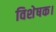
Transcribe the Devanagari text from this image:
विशेषक।